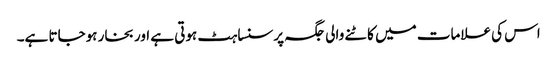
اس کی علامات میں کاٹنے والی جگہ پر سنساہٹ ہوتی ہے اور بخار ہوجاتا ہے۔